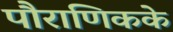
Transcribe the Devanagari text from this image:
पौराणिकके